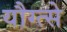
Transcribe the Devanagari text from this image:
यौग्त्से